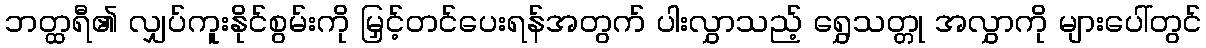
ဘတ္ထရီ၏ လျှပ်ကူးနိုင်စွမ်းကို မြှင့်တင်ပေးရန်အတွက် ပါးလွှာသည့် ရွှေသတ္တု အလွှာကို များပေါ်တွင်